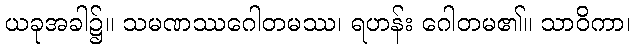
ယခုအခါ၌။ သမဏဿဂေါတမဿ၊ ရဟန်း ဂေါတမ၏။ သာဝိကာ၊